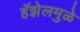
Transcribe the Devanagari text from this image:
हॅझेलमुळे